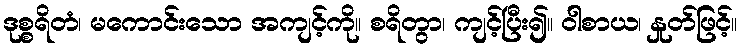
ဒုစ္စရိတံ၊ မကောင်းသော အကျင့်ကို။ စရိတွာ၊ ကျင့်ပြီး၍။ ဝါစာယ၊ နှုတ်ဖြင့်။